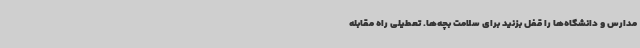
مدارس و دانشگاه‌ها را قفل بزنید برای سلامت بچه‌ها. تعطیلی راه مقابله